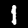
Digit: 1